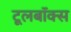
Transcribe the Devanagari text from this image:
टूलबॉक्स